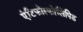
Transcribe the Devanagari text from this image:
एंटिफोस्फोलिपिड